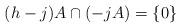
LaTeX: \begin{align*}(h-j)A \cap (-jA) = \{0\}\end{align*}